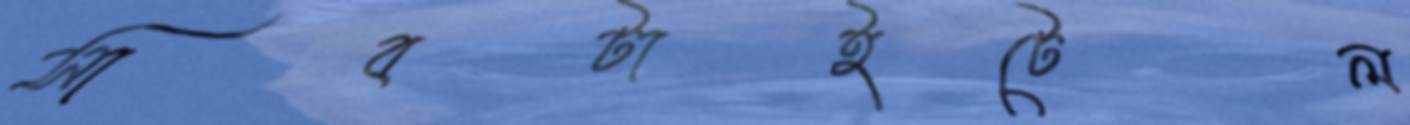
সাবটাইটেল